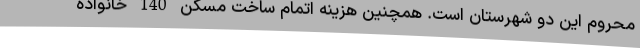
محروم این دو شهرستان است. همچنین هزینه اتمام ساخت مسکن 140 خانواده